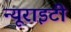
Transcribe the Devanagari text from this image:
न्यूराइटी